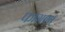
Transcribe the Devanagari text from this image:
फागणा